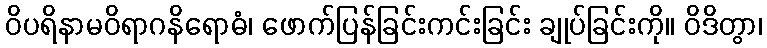
ဝိပရိနာမဝိရာဂနိရောဓံ၊ ဖောက်ပြန်ခြင်းကင်းခြင်း ချုပ်ခြင်းကို။ ဝိဒိတွာ၊